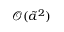
\mathcal { O } ( \tilde { a } ^ { 2 } )